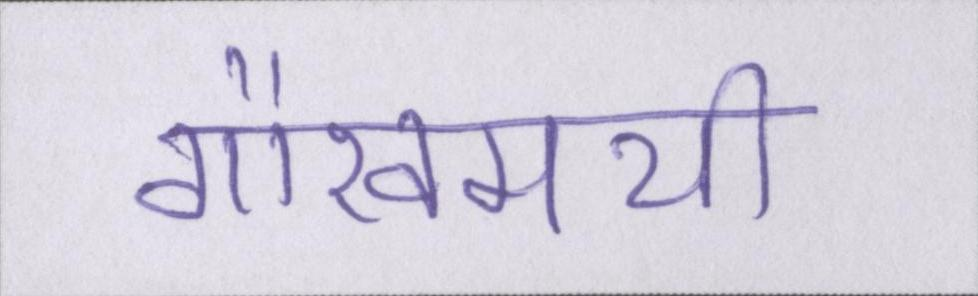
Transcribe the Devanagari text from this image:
गौरवमयी